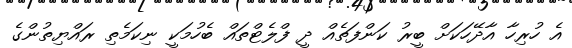
އެ ހުރިހާ އާދޭހަކަށް ބީރު ކަންފަތެއް ދީ ފްލެޓްތައް ބެހުމަކީ ނިކަމެތި ރައްޔިތުންގެ